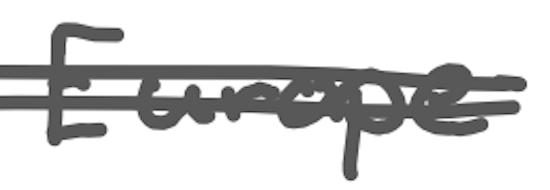
Text: Europe
Cross-out: double-line
Writing tool: digital_gray